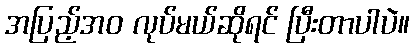
အပြည့်အဝ လုပ်မယ်ဆိုရင် ပြီးတာပါပဲ။